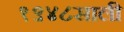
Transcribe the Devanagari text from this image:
१९४८साली